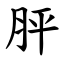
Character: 胓